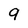
Character: 9